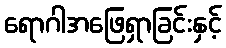
ရောဂါအဖြေရှာခြင်းနှင့်